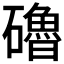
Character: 𥗆